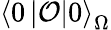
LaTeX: \left\langle 0\left|\mathcal{O}\right|0\right\rangle_{\Omega}